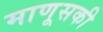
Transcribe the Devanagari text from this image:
माणूसकी